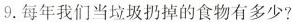
9.每年我们当垃圾扔掉的食物有多少?